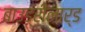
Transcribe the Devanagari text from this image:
बाउड्रीलार्ड